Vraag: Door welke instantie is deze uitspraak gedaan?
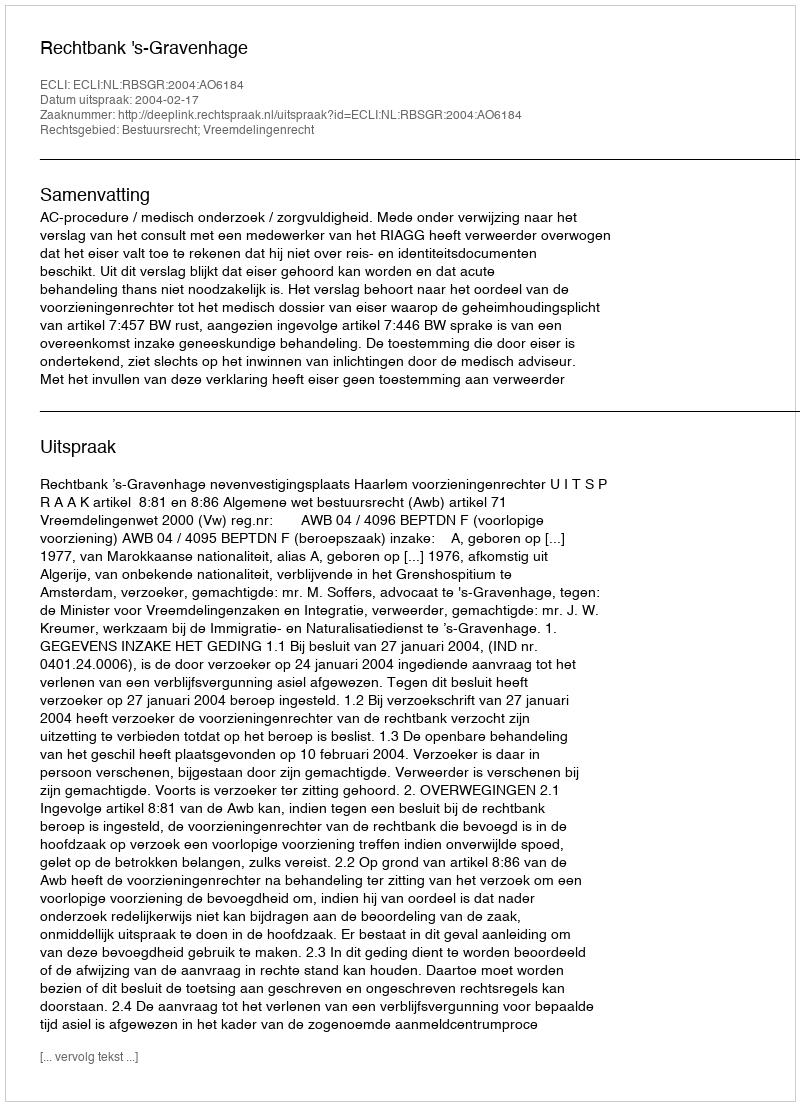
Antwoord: Rechtbank 's-Gravenhage